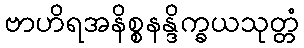
ဗာဟိရအနိစ္စနန္ဒိက္ခယသုတ္တံ